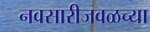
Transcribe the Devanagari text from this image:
नवसारीजवळच्या